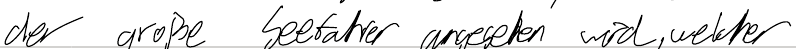
der große Seefahrer angesehen wird, welcher